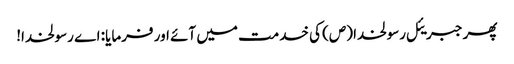
پھر جبریئل رسولخدا (ص) کی خدمت میں آئے اور فرمایا: اے رسولخدا!